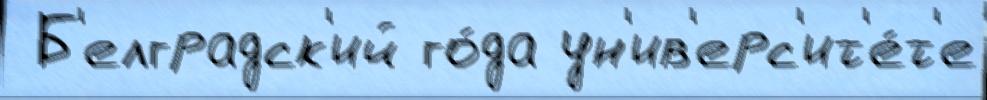
 Б'елградск'ий го́да ун'ив'ерс'ит'е́т'е